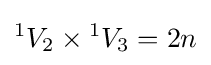
{}^{1}V_{2}\times {}^{1}V_{3}=2n